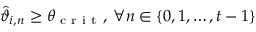
\widehat { \vartheta } _ { i , n } \geq \theta _ { \mathrm { ~ c ~ r ~ i ~ t ~ } } , \: \forall n \in \{ 0 , 1 , \ldots , t - 1 \}